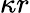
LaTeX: \kappa r